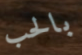
بالحب